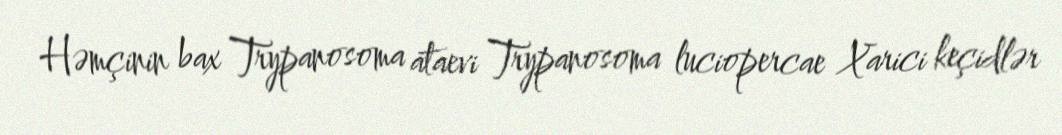
Həmçinin bax Trypanosoma ataevi Trypanosoma luciopercae Xarici keçidlər